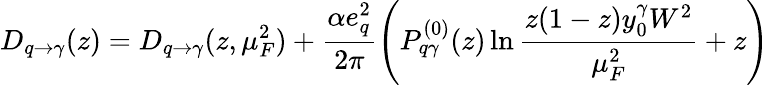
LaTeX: D_{q\rightarrow\gamma}(z)=D_{q\to\gamma}(z,\mu_{F}^{2})+\frac{\alpha e_{q}^{2}}{2\pi}\left(P_{q\gamma}^{(0)}(z)\ln\frac{z(1-z)y_{0}^{\gamma}W^{2}}{\mu_{F}^{2}}+z\right)\,